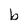
Character: b